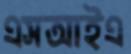
এসআইএ